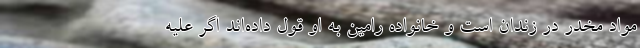
مواد مخدر در زندان است و خانواده رامین به او قول داده‌اند اگر علیه